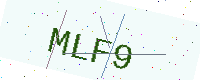
Text: MLF9